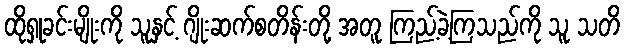
ထိုရှုခင်းမျိုးကို သူနှင့် ဂျိုးဆက်စတိန်းတို့ အတူ ကြည့်ခဲ့ကြသည်ကို သူ သတိ